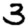
Digit: 3